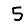
Digit: 5